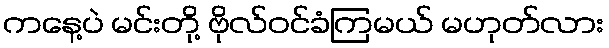
ကနေ့ပဲ မင်းတို့ ဗိုလ်ဝင်ခံကြမယ် မဟုတ်လား